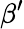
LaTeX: \beta^{\prime}